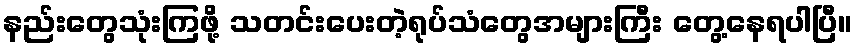
နည်းတွေသုံးကြဖို့ သတင်းပေးတဲ့ရုပ်သံတွေအများကြီး တွေ့နေရပါပြီ။